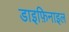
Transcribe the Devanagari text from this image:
डाइफ़िनाइल